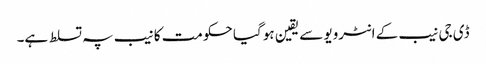
ڈی جی نیب کے انٹرویو سے یقین ہو گیا حکومت کا نیب پہ تسلط ہے۔